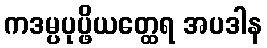
ကဒမ္ပပုပ္ဖိယတ္ထေရ အပဒါန